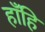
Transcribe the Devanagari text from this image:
हाँहि